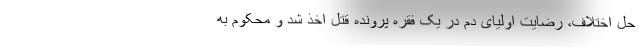
حل اختلاف، رضایت اولیای دم در یک فقره پرونده قتل اخذ شد و محکوم به